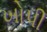
ખોપી